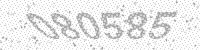
Solution: 080585